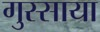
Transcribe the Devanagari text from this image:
गुस्साया